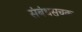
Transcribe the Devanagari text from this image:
संबंधसूचक